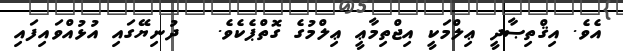
އެވެ. އިޤްތިޞާދީ ޢިލްމަކީ އިޖްތިމާޢީ ޢިލްމުގެ ގޮތްޕެކެވެ.   ދުނިޔޭގައި އުޅުއްވައިފައި